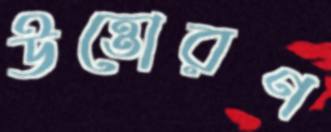
উত্তোরণ